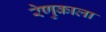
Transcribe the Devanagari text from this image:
रेणुकाला